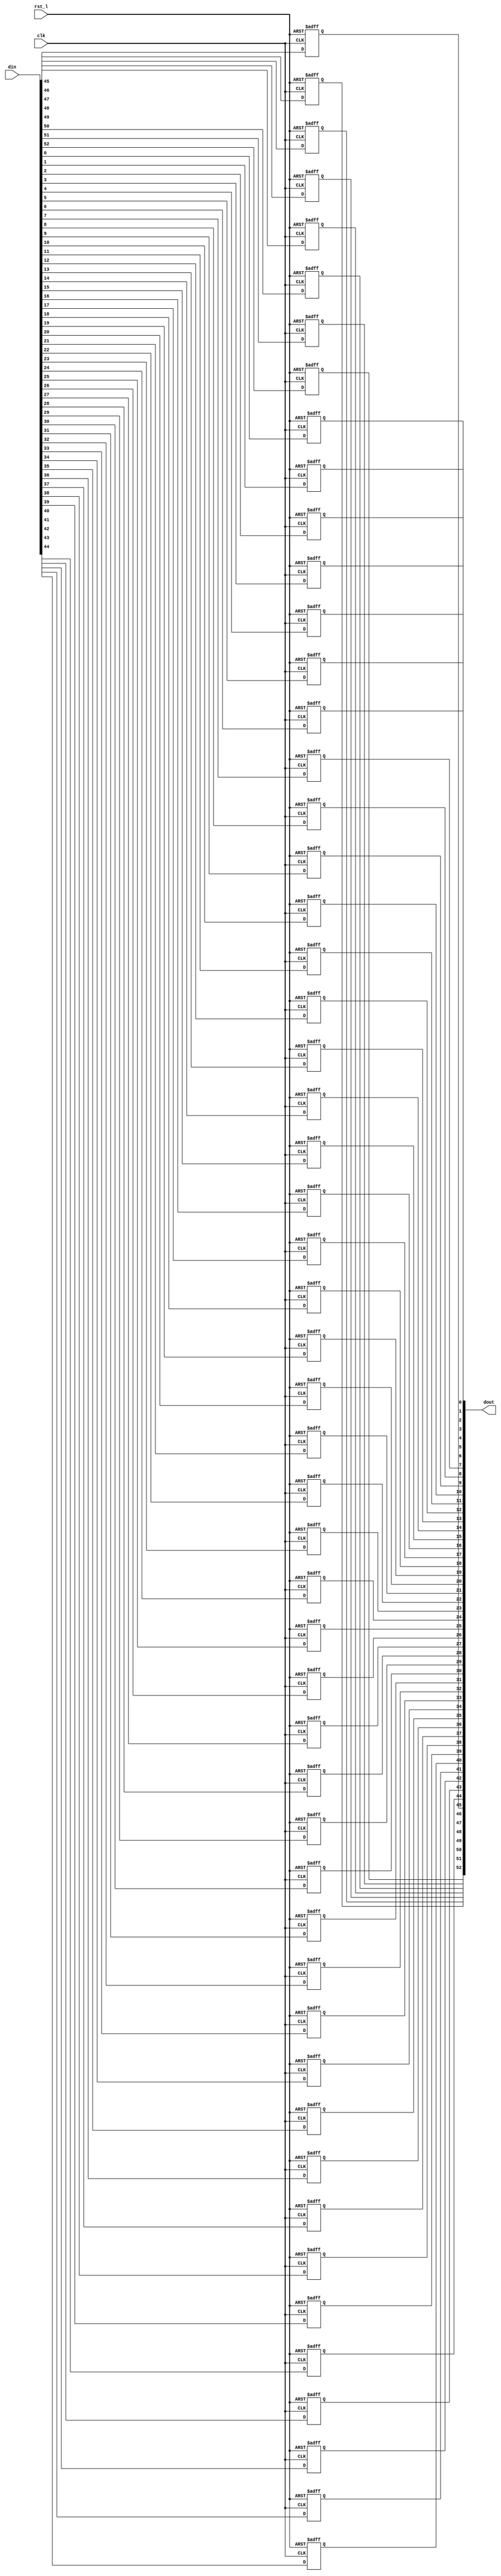
module rvdff_WIDTH53
(
  din,
  clk,
  rst_l,
  dout
);

  input [52:0] din;
  output [52:0] dout;
  input clk;
  input rst_l;
  wire N0;
  reg [52:0] dout;

  always @(posedge clk or posedge N0) begin
    if(N0) begin
      dout[52] <= 1'b0;
    end else if(1'b1) begin
      dout[52] <= din[52];
    end
  end


  always @(posedge clk or posedge N0) begin
    if(N0) begin
      dout[51] <= 1'b0;
    end else if(1'b1) begin
      dout[51] <= din[51];
    end
  end


  always @(posedge clk or posedge N0) begin
    if(N0) begin
      dout[50] <= 1'b0;
    end else if(1'b1) begin
      dout[50] <= din[50];
    end
  end


  always @(posedge clk or posedge N0) begin
    if(N0) begin
      dout[49] <= 1'b0;
    end else if(1'b1) begin
      dout[49] <= din[49];
    end
  end


  always @(posedge clk or posedge N0) begin
    if(N0) begin
      dout[48] <= 1'b0;
    end else if(1'b1) begin
      dout[48] <= din[48];
    end
  end


  always @(posedge clk or posedge N0) begin
    if(N0) begin
      dout[47] <= 1'b0;
    end else if(1'b1) begin
      dout[47] <= din[47];
    end
  end


  always @(posedge clk or posedge N0) begin
    if(N0) begin
      dout[46] <= 1'b0;
    end else if(1'b1) begin
      dout[46] <= din[46];
    end
  end


  always @(posedge clk or posedge N0) begin
    if(N0) begin
      dout[45] <= 1'b0;
    end else if(1'b1) begin
      dout[45] <= din[45];
    end
  end


  always @(posedge clk or posedge N0) begin
    if(N0) begin
      dout[44] <= 1'b0;
    end else if(1'b1) begin
      dout[44] <= din[44];
    end
  end


  always @(posedge clk or posedge N0) begin
    if(N0) begin
      dout[43] <= 1'b0;
    end else if(1'b1) begin
      dout[43] <= din[43];
    end
  end


  always @(posedge clk or posedge N0) begin
    if(N0) begin
      dout[42] <= 1'b0;
    end else if(1'b1) begin
      dout[42] <= din[42];
    end
  end


  always @(posedge clk or posedge N0) begin
    if(N0) begin
      dout[41] <= 1'b0;
    end else if(1'b1) begin
      dout[41] <= din[41];
    end
  end


  always @(posedge clk or posedge N0) begin
    if(N0) begin
      dout[40] <= 1'b0;
    end else if(1'b1) begin
      dout[40] <= din[40];
    end
  end


  always @(posedge clk or posedge N0) begin
    if(N0) begin
      dout[39] <= 1'b0;
    end else if(1'b1) begin
      dout[39] <= din[39];
    end
  end


  always @(posedge clk or posedge N0) begin
    if(N0) begin
      dout[38] <= 1'b0;
    end else if(1'b1) begin
      dout[38] <= din[38];
    end
  end


  always @(posedge clk or posedge N0) begin
    if(N0) begin
      dout[37] <= 1'b0;
    end else if(1'b1) begin
      dout[37] <= din[37];
    end
  end


  always @(posedge clk or posedge N0) begin
    if(N0) begin
      dout[36] <= 1'b0;
    end else if(1'b1) begin
      dout[36] <= din[36];
    end
  end


  always @(posedge clk or posedge N0) begin
    if(N0) begin
      dout[35] <= 1'b0;
    end else if(1'b1) begin
      dout[35] <= din[35];
    end
  end


  always @(posedge clk or posedge N0) begin
    if(N0) begin
      dout[34] <= 1'b0;
    end else if(1'b1) begin
      dout[34] <= din[34];
    end
  end


  always @(posedge clk or posedge N0) begin
    if(N0) begin
      dout[33] <= 1'b0;
    end else if(1'b1) begin
      dout[33] <= din[33];
    end
  end


  always @(posedge clk or posedge N0) begin
    if(N0) begin
      dout[32] <= 1'b0;
    end else if(1'b1) begin
      dout[32] <= din[32];
    end
  end


  always @(posedge clk or posedge N0) begin
    if(N0) begin
      dout[31] <= 1'b0;
    end else if(1'b1) begin
      dout[31] <= din[31];
    end
  end


  always @(posedge clk or posedge N0) begin
    if(N0) begin
      dout[30] <= 1'b0;
    end else if(1'b1) begin
      dout[30] <= din[30];
    end
  end


  always @(posedge clk or posedge N0) begin
    if(N0) begin
      dout[29] <= 1'b0;
    end else if(1'b1) begin
      dout[29] <= din[29];
    end
  end


  always @(posedge clk or posedge N0) begin
    if(N0) begin
      dout[28] <= 1'b0;
    end else if(1'b1) begin
      dout[28] <= din[28];
    end
  end


  always @(posedge clk or posedge N0) begin
    if(N0) begin
      dout[27] <= 1'b0;
    end else if(1'b1) begin
      dout[27] <= din[27];
    end
  end


  always @(posedge clk or posedge N0) begin
    if(N0) begin
      dout[26] <= 1'b0;
    end else if(1'b1) begin
      dout[26] <= din[26];
    end
  end


  always @(posedge clk or posedge N0) begin
    if(N0) begin
      dout[25] <= 1'b0;
    end else if(1'b1) begin
      dout[25] <= din[25];
    end
  end


  always @(posedge clk or posedge N0) begin
    if(N0) begin
      dout[24] <= 1'b0;
    end else if(1'b1) begin
      dout[24] <= din[24];
    end
  end


  always @(posedge clk or posedge N0) begin
    if(N0) begin
      dout[23] <= 1'b0;
    end else if(1'b1) begin
      dout[23] <= din[23];
    end
  end


  always @(posedge clk or posedge N0) begin
    if(N0) begin
      dout[22] <= 1'b0;
    end else if(1'b1) begin
      dout[22] <= din[22];
    end
  end


  always @(posedge clk or posedge N0) begin
    if(N0) begin
      dout[21] <= 1'b0;
    end else if(1'b1) begin
      dout[21] <= din[21];
    end
  end


  always @(posedge clk or posedge N0) begin
    if(N0) begin
      dout[20] <= 1'b0;
    end else if(1'b1) begin
      dout[20] <= din[20];
    end
  end


  always @(posedge clk or posedge N0) begin
    if(N0) begin
      dout[19] <= 1'b0;
    end else if(1'b1) begin
      dout[19] <= din[19];
    end
  end


  always @(posedge clk or posedge N0) begin
    if(N0) begin
      dout[18] <= 1'b0;
    end else if(1'b1) begin
      dout[18] <= din[18];
    end
  end


  always @(posedge clk or posedge N0) begin
    if(N0) begin
      dout[17] <= 1'b0;
    end else if(1'b1) begin
      dout[17] <= din[17];
    end
  end


  always @(posedge clk or posedge N0) begin
    if(N0) begin
      dout[16] <= 1'b0;
    end else if(1'b1) begin
      dout[16] <= din[16];
    end
  end


  always @(posedge clk or posedge N0) begin
    if(N0) begin
      dout[15] <= 1'b0;
    end else if(1'b1) begin
      dout[15] <= din[15];
    end
  end


  always @(posedge clk or posedge N0) begin
    if(N0) begin
      dout[14] <= 1'b0;
    end else if(1'b1) begin
      dout[14] <= din[14];
    end
  end


  always @(posedge clk or posedge N0) begin
    if(N0) begin
      dout[13] <= 1'b0;
    end else if(1'b1) begin
      dout[13] <= din[13];
    end
  end


  always @(posedge clk or posedge N0) begin
    if(N0) begin
      dout[12] <= 1'b0;
    end else if(1'b1) begin
      dout[12] <= din[12];
    end
  end


  always @(posedge clk or posedge N0) begin
    if(N0) begin
      dout[11] <= 1'b0;
    end else if(1'b1) begin
      dout[11] <= din[11];
    end
  end


  always @(posedge clk or posedge N0) begin
    if(N0) begin
      dout[10] <= 1'b0;
    end else if(1'b1) begin
      dout[10] <= din[10];
    end
  end


  always @(posedge clk or posedge N0) begin
    if(N0) begin
      dout[9] <= 1'b0;
    end else if(1'b1) begin
      dout[9] <= din[9];
    end
  end


  always @(posedge clk or posedge N0) begin
    if(N0) begin
      dout[8] <= 1'b0;
    end else if(1'b1) begin
      dout[8] <= din[8];
    end
  end


  always @(posedge clk or posedge N0) begin
    if(N0) begin
      dout[7] <= 1'b0;
    end else if(1'b1) begin
      dout[7] <= din[7];
    end
  end


  always @(posedge clk or posedge N0) begin
    if(N0) begin
      dout[6] <= 1'b0;
    end else if(1'b1) begin
      dout[6] <= din[6];
    end
  end


  always @(posedge clk or posedge N0) begin
    if(N0) begin
      dout[5] <= 1'b0;
    end else if(1'b1) begin
      dout[5] <= din[5];
    end
  end


  always @(posedge clk or posedge N0) begin
    if(N0) begin
      dout[4] <= 1'b0;
    end else if(1'b1) begin
      dout[4] <= din[4];
    end
  end


  always @(posedge clk or posedge N0) begin
    if(N0) begin
      dout[3] <= 1'b0;
    end else if(1'b1) begin
      dout[3] <= din[3];
    end
  end


  always @(posedge clk or posedge N0) begin
    if(N0) begin
      dout[2] <= 1'b0;
    end else if(1'b1) begin
      dout[2] <= din[2];
    end
  end


  always @(posedge clk or posedge N0) begin
    if(N0) begin
      dout[1] <= 1'b0;
    end else if(1'b1) begin
      dout[1] <= din[1];
    end
  end


  always @(posedge clk or posedge N0) begin
    if(N0) begin
      dout[0] <= 1'b0;
    end else if(1'b1) begin
      dout[0] <= din[0];
    end
  end

  assign N0 = ~rst_l;

endmodule